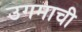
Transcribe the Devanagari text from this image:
उगमाची